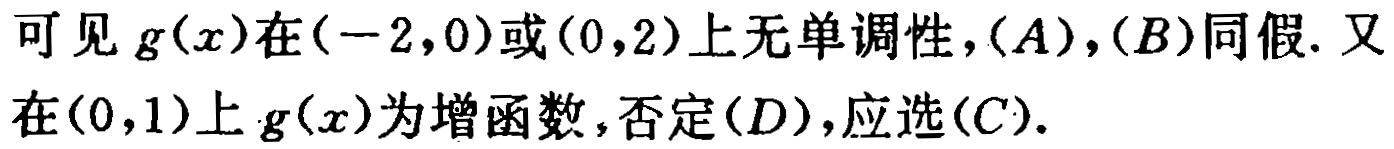
可见 \(g(x)\)在\((-2,0)\)或\((0,2)\)上无单调性，\((A)\)，\((B)\)同假. 又在\((0,1)\)上\(g(x)\)为增函数，否定\((D)\)，应选\((C)\).